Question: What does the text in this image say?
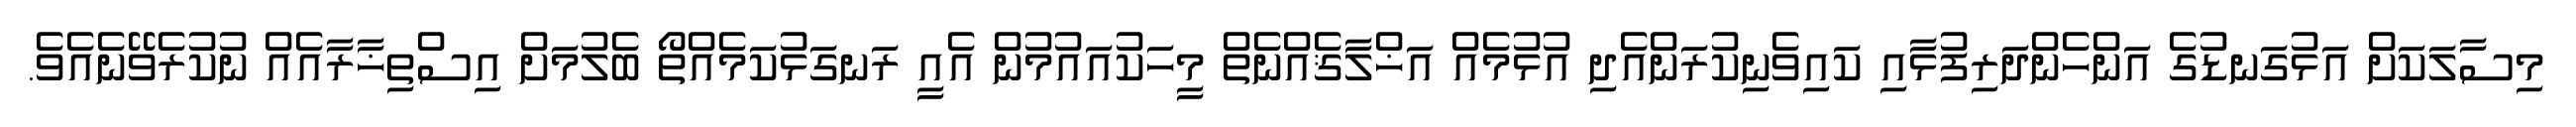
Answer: މިސާލަކަށް އަޅުގަނޑުގެ އަންހެންދަރިފުޅާއި ކައިވެނިކުރަންއެދި އުޅުމެއް އަޚްލާޤެއްނެތް މީހަކުއައުމުން އެއީ ރަނގަޅުކަމެއްތޯ ބެލުމަށް އިސްތިޚާރާއެއް ނުކުރެވޭނެއެވެ.